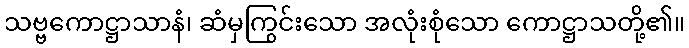
သဗ္ဗကောဋ္ဌာသာနံ၊ ဆံမှကြွင်းသော အလုံးစုံသော ကောဋ္ဌာသတို့၏။